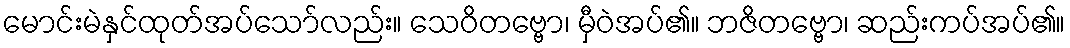
မောင်းမဲနှင်ထုတ်အပ်သော်လည်း။ သေဝိတဗ္ဗော၊ မှီဝဲအပ်၏။ ဘဇိတဗ္ဗော၊ ဆည်းကပ်အပ်၏။